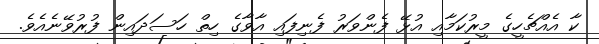
ކާ އެއްޗެހީގެ މީރުކަމާއި އުޅޭ ފެންވަރު ފެނިފައި އާވާގެ ހިތް ހަސަދައިން ފުރުވޭނެއެވެ.